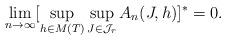
\begin{align*}\lim_{n \rightarrow \infty} [ \sup_{h \in M(T)} \sup_{J \in \mathcal{J}_r} A_n(J,h)]^{*} =0. \end{align*}